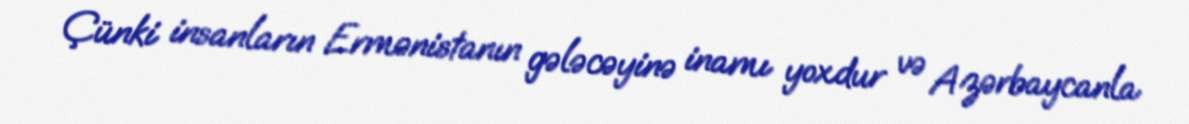
Çünki insanların Ermənistanın gələcəyinə inamı yoxdur və Azərbaycanla